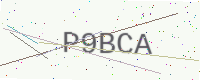
Text: P9BCA